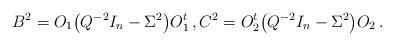
LaTeX: \begin{align*} {}& B^2 = O_1 \bigl( Q^{-2} I_n - \Sigma^2 \bigr) O_1^t \,, C^2 = O_2^t \bigl( Q^{-2} I_n - \Sigma^2 \bigr) O_2 \,.\end{align*}